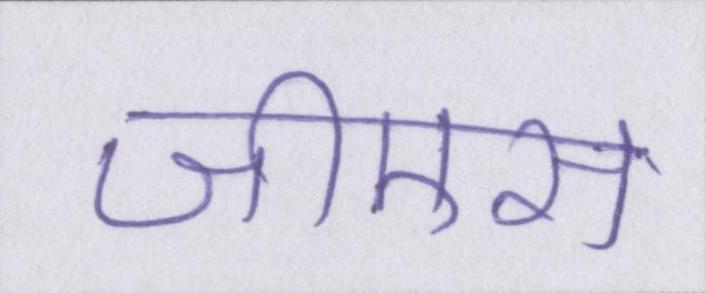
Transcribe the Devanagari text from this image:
जीएस